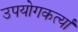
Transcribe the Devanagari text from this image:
उपयोगकर्त्या